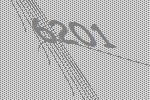
6201